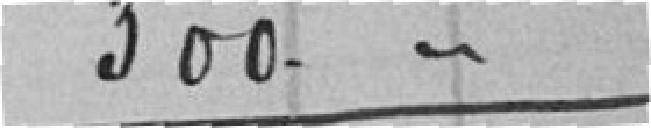
300.50